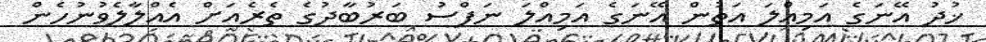
ޚުދު އޭނަގެ އަމިއްލަ އަތުން އޭނަގެ އަމިއްލަ ނަފްސު ބަރުބާދުގެ ތެރެއަށް އެއްލާލެވުނުހެން